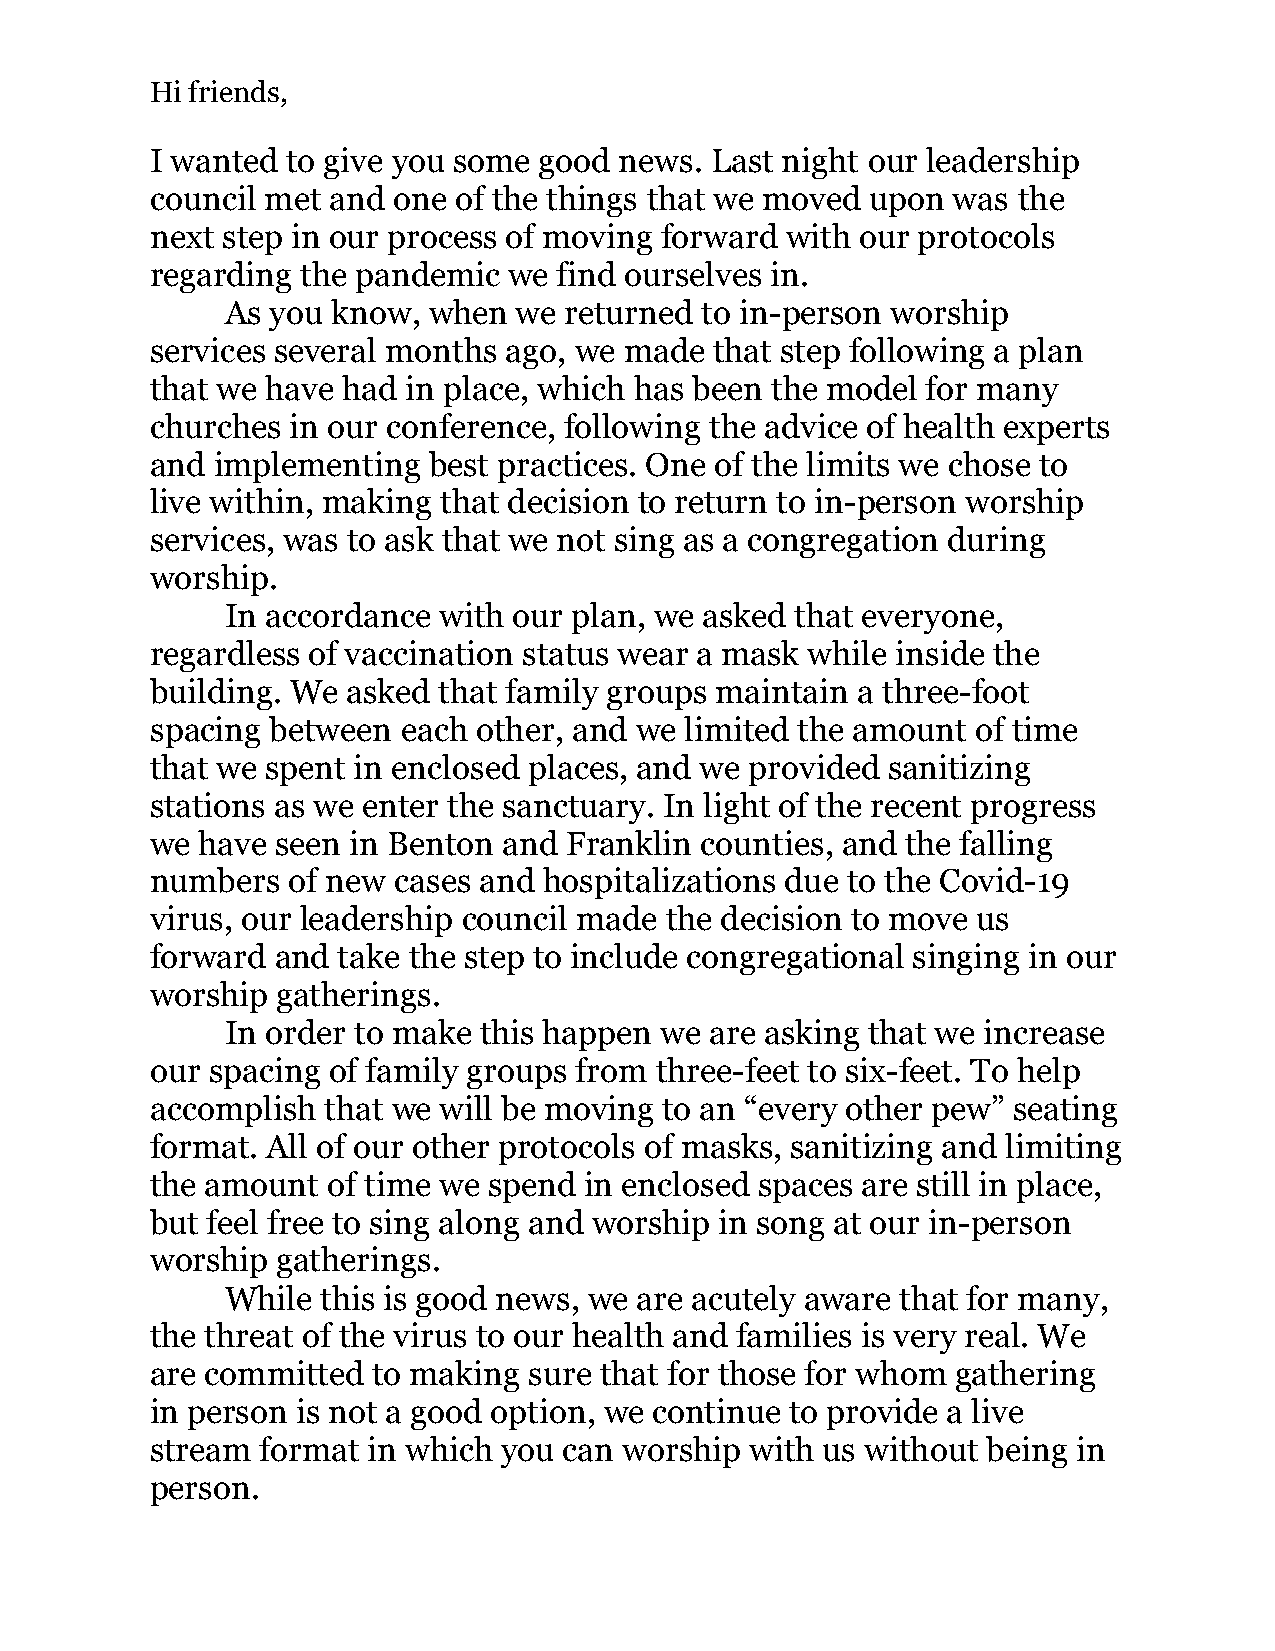
Hi friends,
 I wanted to give you some good news. Last night our leadership
 council met and one of the things that we moved upon was the
 next step in our process of moving forward with our protocols
 regarding the pandemic  we find ourselves in.
 As you know, when  we returned to in-person worship
 services several months ago, we made that step following a plan
 that we have had in place, which has been the model for many
 churches in our conference, following the advice of health experts
 and implementing  best practices. One of the limits we chose to
 live within, making that decision to return to in-person worship
 services, was to ask that we not sing as a congregation during
 worship.
 In accordance with our plan, we asked that everyone,
 regardless of vaccination status wear a mask while inside the
 building. We asked that family groups maintain a three-foot
 spacing between  each other, and we limited the amount of time
 that we spent in enclosed places, and we provided sanitizing
 stations as we enter the sanctuary. In light of the recent progress
 we have seen in Benton and Franklin counties, and the falling
 numbers  of new cases and hospitalizations due to the Covid-19
 virus, our leadership council made the decision to move us
 forward and take the step to include congregational singing in our
 worship gatherings.
 In order to make this happen we are asking that we increase
 our spacing of family groups from three-feet to six-feet. To help
 accomplish that we will be moving to an “every other pew” seating
 format. All of our other protocols of masks, sanitizing and limiting
 the amount  of time we spend in enclosed spaces are still in place,
 but feel free to sing along and worship in song at our in-person
 worship gatherings.
 While this is good news, we are acutely aware that for many,
 the threat of the virus to our health and families is very real. We
 are committed  to making sure that for those for whom gathering
 in person is not a good option, we continue to provide a live
 stream format in which you can worship  with us without being in
 person.